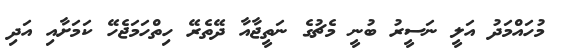
މުހައްމަދު އަލީ ނަސީރު ބުނީ މެޗުގެ ނަތީޖާއާ ދޭތެރޭ ހިތްހަމަޖެހޭ ކަމަށާއި އަދި